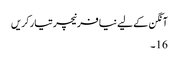
آنگن کے لیے نیا فرنیچر تیار کریں
16۔